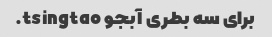
برای سه بطری آبجو tsingtao.